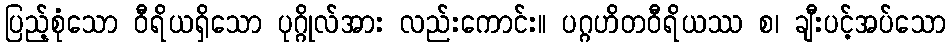
ပြည့်စုံသော ဝီရိယရှိသော ပုဂ္ဂိုလ်အား လည်းကောင်း။ ပဂ္ဂဟိတဝီရိယဿ စ၊ ချီးပင့်အပ်သော